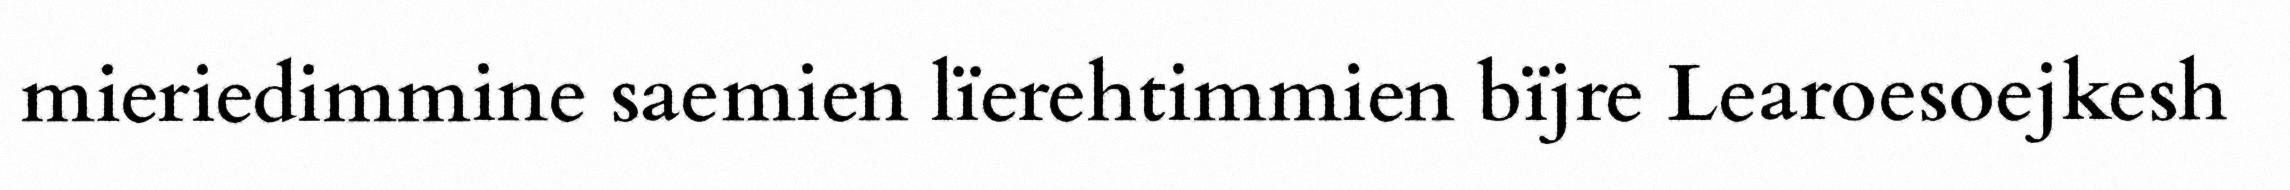
mieriedimmine saemien lïerehtimmien bïjre Learoesoejkesh